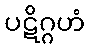
ပဋိဂ္ဂဟံ